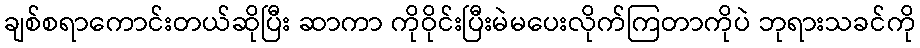
ချစ်စရာကောင်းတယ်ဆိုပြီး ဆာကာ ကိုဝိုင်းပြီးမဲမပေးလိုက်ကြတာကိုပဲ ဘုရားသခင်ကို